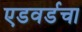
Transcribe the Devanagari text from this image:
एडवर्डचा